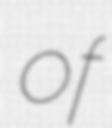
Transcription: of